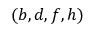
( b , d , f , h )